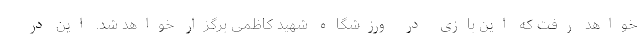
خواهد رفت که این بازی در ورزشگاه شهید کاظمی برگزار خواهد شد. این در